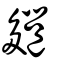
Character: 郺